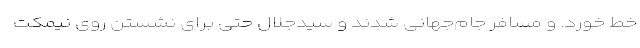
خط خورد. و مسافر جام‌جهانی شدند و سیدجلال حتی برای نشستن روی نیمکت